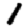
Digit: 1